Black-water fever - Number 35
Disease focus: Fever
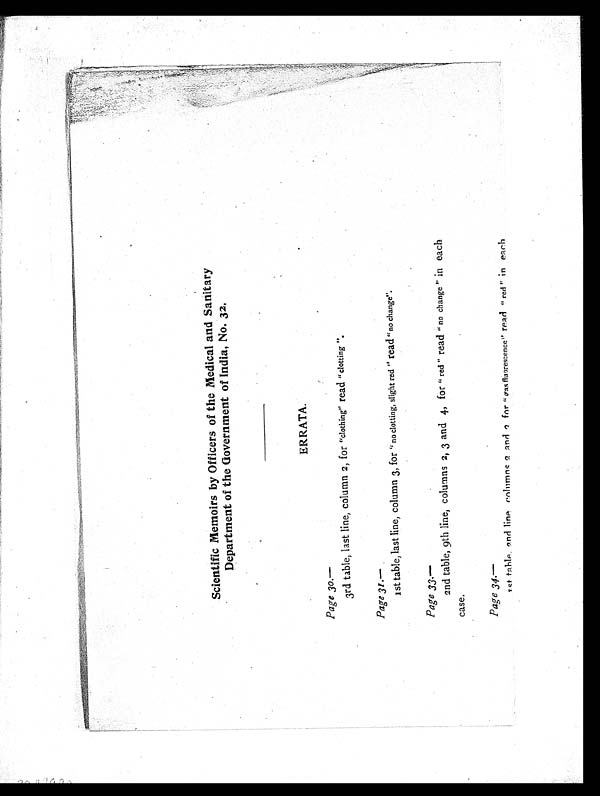
Scientific Memoirs by Officers of the Medical and Sanitary
Department of the Government of India, No. 32.
ERRATA.
Page 30 . —
3rd table, last line, column 2, for "clothing" read "clotting ".
Page 31 .—
1st table, last line, column 3, for “ no clotting, slight red ” read "no change".
Page 33.—
2nd table, 9th line, columns 2, 3 and 4, for " red " read "no change" in each
case.
Page 34.—
1st. table and line columns 2 and 3 for " gas fluorescence" read "red" in each